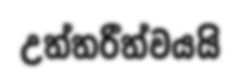
උත්තරීත්වයයි